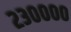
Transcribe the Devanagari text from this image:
२३००००